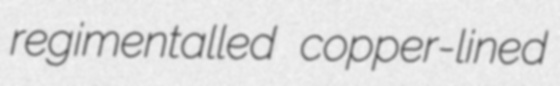
regimentalled copper-lined